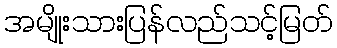
အမျိုးသားပြန်လည်သင့်မြတ်